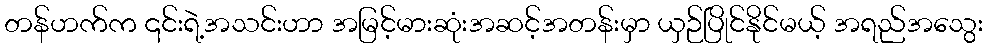
တန်ဟက်က ၎င်းရဲ့အသင်းဟာ အမြင့်မားဆုံးအဆင့်အတန်းမှာ ယှဉ်ပြိုင်နိုင်မယ့် အရည်အသွေး